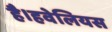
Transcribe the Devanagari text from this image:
है।हवेलियस